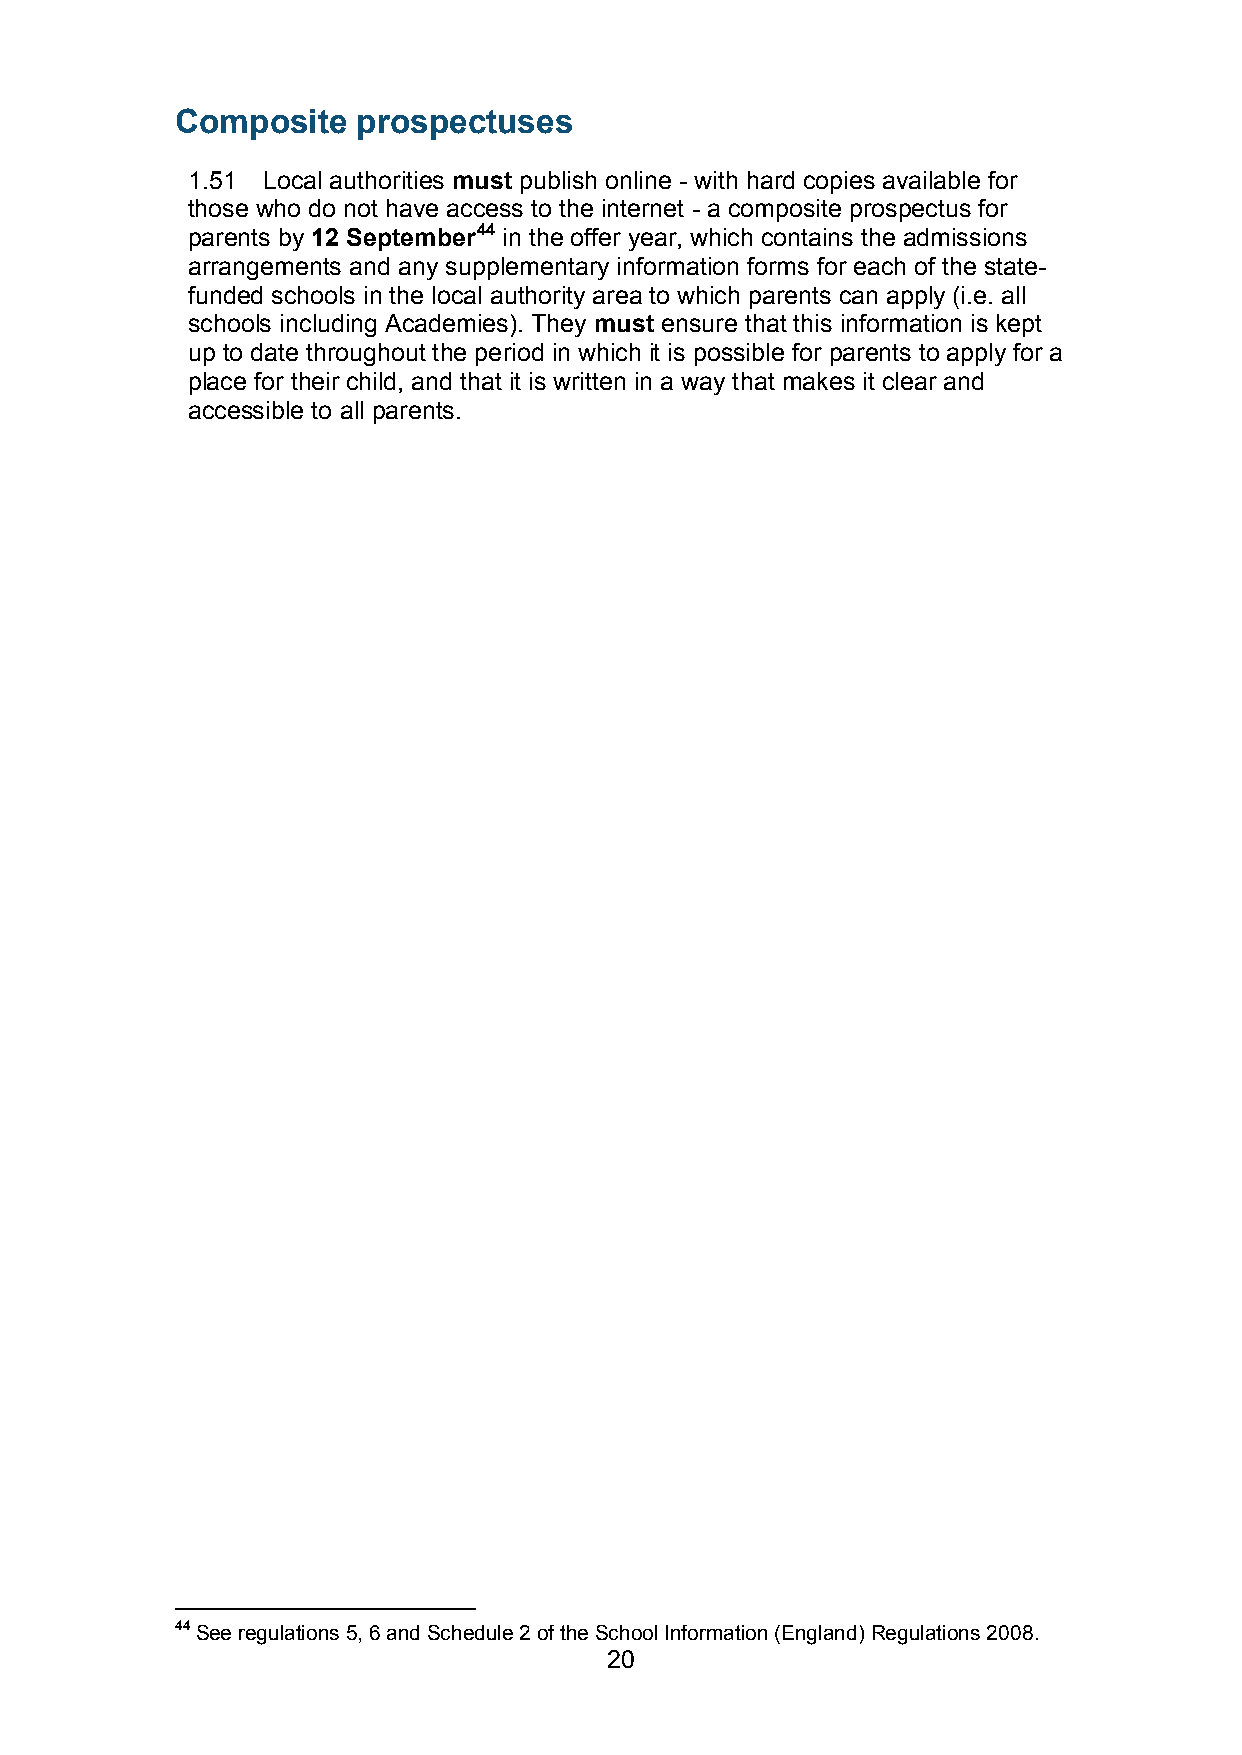
Composite   prospectuses
 1.51 Local authorities must publish online - with hard copies available for
 those who do not have access to the internet - a composite prospectus for
 parents by 12 September44 in the offer year, which contains the admissions
 arrangements and any supplementary information forms for each of the state-
 funded schools in the local authority area to which parents can apply (i.e. all
 schools including Academies). They must ensure that this information is kept
 up to date throughout the period in which it is possible for parents to apply for a
 place for their child, and that it is written in a way that makes it clear and
 accessible to all parents.
 44 See regulations 5, 6 and Schedule 2 of the School Information (England) Regulations 2008.
 20